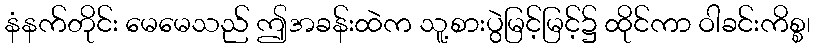
နံနက်တိုင်း မေမေသည် ဤအခန်းထဲက သူ့စားပွဲမြင့်မြင့်၌ ထိုင်ကာ ဝါခင်းကိစ္စ၊